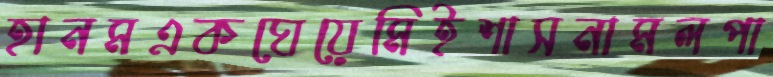
হানমএকঘেয়েমিইশাসনামলপা